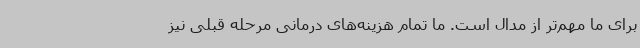
برای ما مهم‌تر از مدال است. ما تمام هزینه‌های درمانی مرحله قبلی نیز